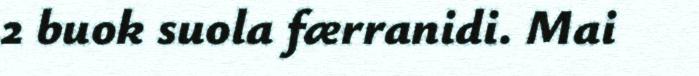
2 buok suola færranidi. Mai